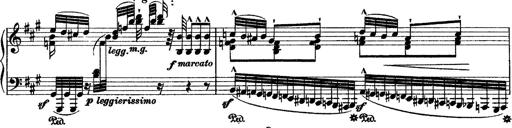
Title: Grande fantasie di bravura sur La clochette
Composer: Franz Liszt
Key: A minor